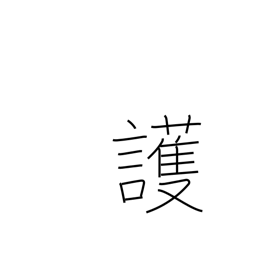
Meaning: safeguard